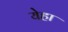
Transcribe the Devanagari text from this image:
येहा